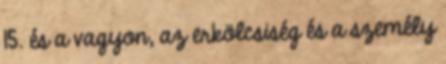
15. és a vagyon, az erkölcsiség és a személy